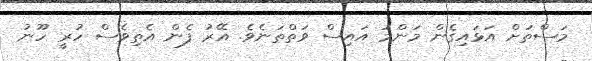
މަސްތަށް އަޅައިގެން މަންމަ އައިސް ވަތްތަނެވެ. އޭރު ފެން އެތިވެސް ހުރީ ހޫނު